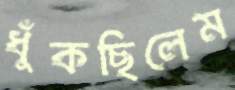
ধুঁকছিলেম